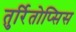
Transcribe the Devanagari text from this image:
तुर्रितोप्सिस